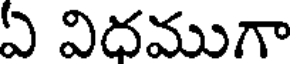
ఏ విదముగా